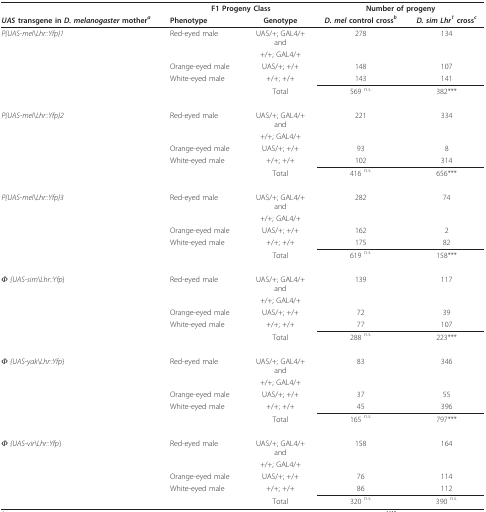
|  | <COLSPAN=2> F1 Progeny Class | <COLSPAN=2> Number of progeny |
 | UAS transgene in D. melanogaster mother a | Phenotype | Genotype | D. mel control cross b | D. sim Lhr1 cross c |
 | --- | --- | --- | --- | --- |
 | P{UAS-mel\Lhr::Yfp}1 | Red-eyed male | UAS/+; GAL4/+and | 278 | 134 |
 |  |  | +/+; GAL4/+ |  |  |
 |  | Orange-eyed male | UAS/+; +/+ | 148 | 107 |
 |  | White-eyed male | +/+; +/+ | 143 | 141 |
 |  |  | Total | 569 n.s. | 382*** |
 | P{UAS-mel\Lhr::Yfp}2 | Red-eyed male | UAS/+; GAL4/+and | 221 | 334 |
 |  |  | +/+; GAL4/+ |  |  |
 |  | Orange-eyed male | UAS/+; +/+ | 93 | 8 |
 |  | White-eyed male | +/+; +/+ | 102 | 314 |
 |  |  | Total | 416 n.s. | 656*** |
 | P{UAS-mel\Lhr::Yfp}3 | Red-eyed male | UAS/+; GAL4/+and | 282 | 74 |
 |  |  | +/+; GAL4/+ |  |  |
 |  | Orange-eyed male | UAS/+; +/+ | 162 | 2 |
 |  | White-eyed male | +/+; +/+ | 175 | 82 |
 |  |  | Total | 619 n.s. | 158*** |
 | Φ {UAS-sim\Lhr::Yfp} | Red-eyed male | UAS/+; GAL4/+and | 139 | 117 |
 |  |  | +/+; GAL4/+ |  |  |
 |  | Orange-eyed male | UAS/+; +/+ | 72 | 39 |
 |  | White-eyed male | +/+; +/+ | 77 | 107 |
 |  |  | Total | 288 n.s. | 223*** |
 | Φ {UAS-yak\Lhr::Yfp} | Red-eyed male | UAS/+; GAL4/+and | 83 | 346 |
 |  |  | +/+; GAL4/+ |  |  |
 |  | Orange-eyed male | UAS/+; +/+ | 37 | 55 |
 |  | White-eyed male | +/+; +/+ | 45 | 396 |
 |  |  | Total | 165 n.s. | 797*** |
 | Φ {UAS-vir\Lhr::Yfp} | Red-eyed male | UAS/+; GAL4/+and | 158 | 164 |
 |  |  | +/+; GAL4/+ |  |  |
 |  | Orange-eyed male | UAS/+; +/+ | 76 | 114 |
 |  | White-eyed male | +/+; +/+ | 86 | 112 |
 |  |  | Total | 320 n.s. | 390 n.s. |